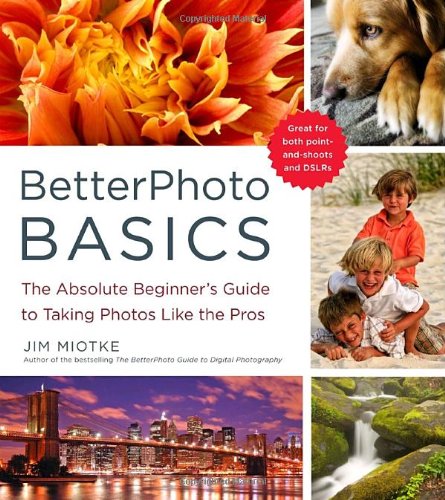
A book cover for BetterPhoto Basics: The Absolute Beginner's Guide to Taking Photos Like a Pro; Jim Miotke; Arts & Photography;